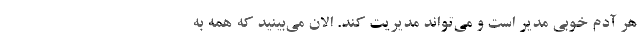
هر آدم خوبی مدیر است و می‌تواند مدیریت کند. الان می‌بینید که همه به